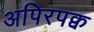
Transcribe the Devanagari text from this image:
अपिरपक्व